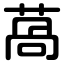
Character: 萵